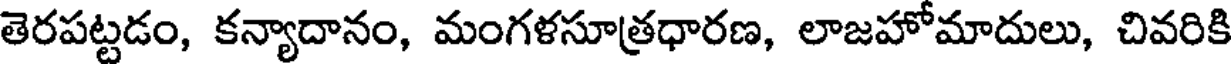
తెరపట్టడం, కన్యాదానం, మంగళసూత్రధారణ, లాజహోమాదులు, చివరికి